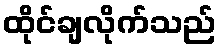
ထိုင်ချလိုက်သည်